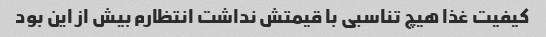
کیفیت غذا هیچ تناسبی با قیمتش نداشت انتظارم بیش از این بود